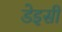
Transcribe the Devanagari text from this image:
डेइसी